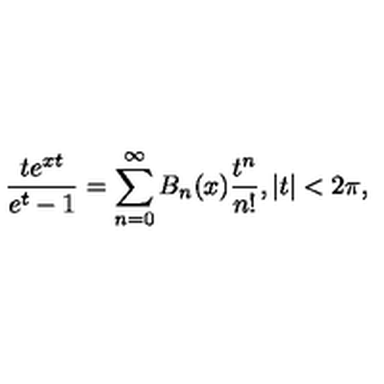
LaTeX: \frac { t e ^ { x t } } { e ^ { t } - 1 } = \sum _ { n = 0 } ^ { \infty } B _ { n } ( x ) \frac { t ^ { n } } { n ! } , | t | < 2 \pi ,